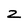
Character: z